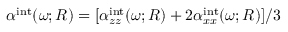
\alpha ^ { \mathrm { i n t } } ( \omega ; R ) = [ \alpha _ { z z } ^ { \mathrm { i n t } } ( \omega ; R ) + 2 \alpha _ { x x } ^ { \mathrm { i n t } } ( \omega ; R ) ] / 3